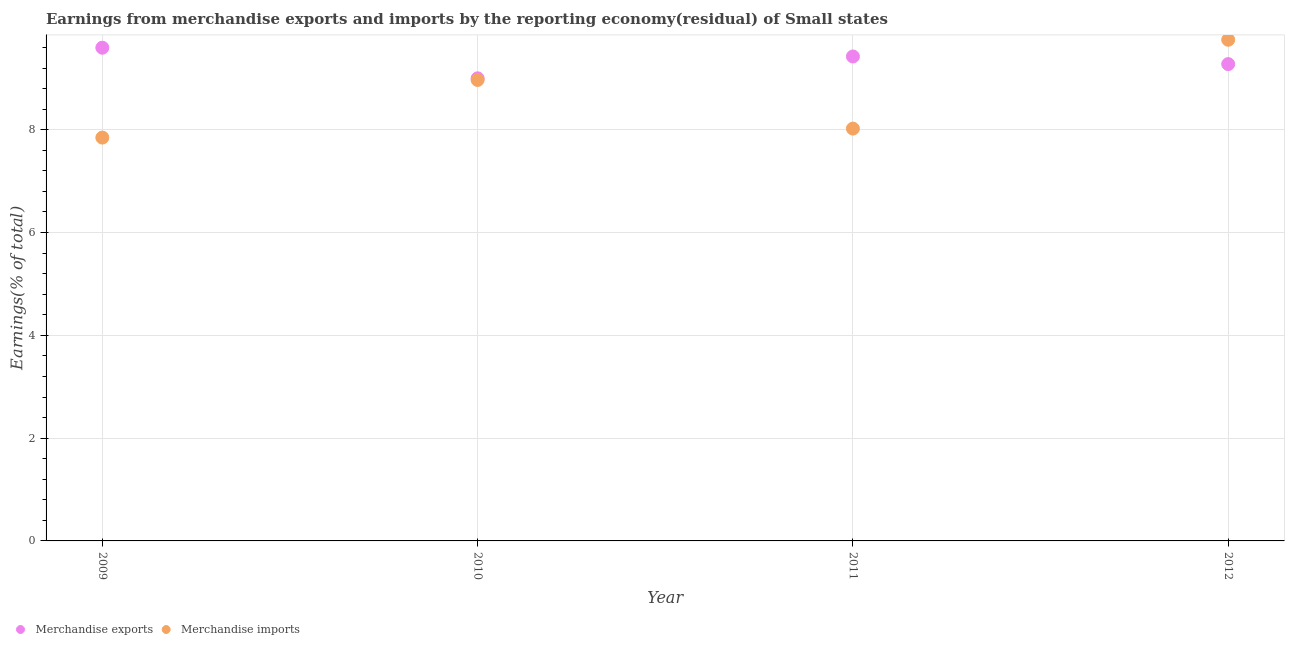
| Year | Merchandise exports | Merchandise imports |
 | --- | --- | --- |
 | 2009 | 9.6 | 7.85 |
 | 2010 | 9 | 8.97 |
 | 2011 | 9.43 | 8.02 |
 | 2012 | 9.28 | 9.75 |